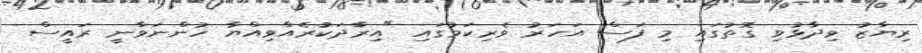
ރިޔާޒު ވިދާޅުވި ގޮތުގައި މި ފަސް އަހަރު ވެރިކަމުގައި "އިރާދަކުރެއްވިއްޔާ ހުންނަވާނީ ރައީސް